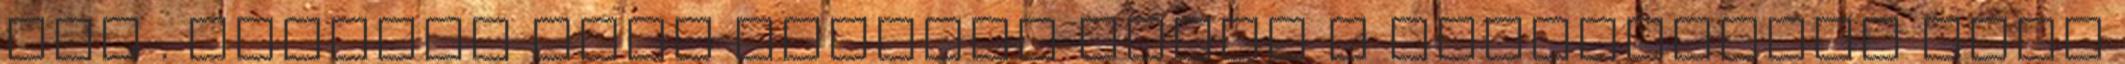
cég . Sokszor igen hasznos lehet a szemérmesen csak